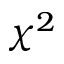
\chi ^ { 2 }